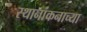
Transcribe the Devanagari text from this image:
स्थानांकनाच्या